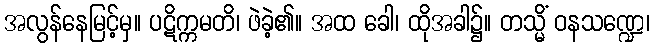
အလွန်နေမြင့်မှ။ ပဋိက္ကမတိ၊ ဖဲခဲ့၏။ အထ ခေါ၊ ထိုအခါ၌။ တသ္မိံ ဝနသဏ္ဍေ၊